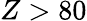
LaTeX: Z>80